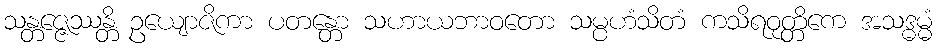
သန္တဇ္ဇေဿန္တိ ဥယျောဇိကာ ပတန္တော သဟာယဘာဝတော သမ္ပဟံသိတံ ကသိရဝုတ္တိကေ အသဒ္ဓမ္မံ